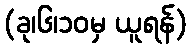
(ခု၊၆၊၁၀မှ ယူရန်)